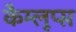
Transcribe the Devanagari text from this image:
कैम्लूप्स